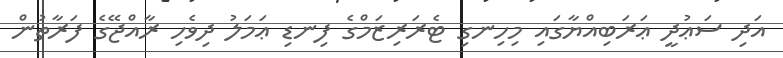
އަދި ސަޢުދީ ޢަރަބިއްޔާގައި މިހިނގި ޓެރަރިޒަމްގެ ފިނޑި ޢަމަލު ދިވެހި ރާއްޖޭގެ ފަރާތުން